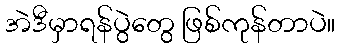
အဲဒီမှာရန်ပွဲတွေ ဖြစ်ကုန်တာပဲ။